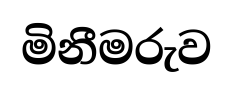
මිනීමරුව